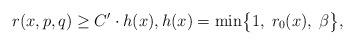
LaTeX: \begin{align*}r(x,p,q)\geq C'\cdot h(x),h(x)=\min\bigl\{1,\; r_0(x),\; \beta \bigr\},\end{align*}